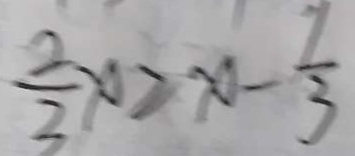
\frac { 2 } { 3 } \varphi \geq \varphi - \frac { 1 } { 3 }